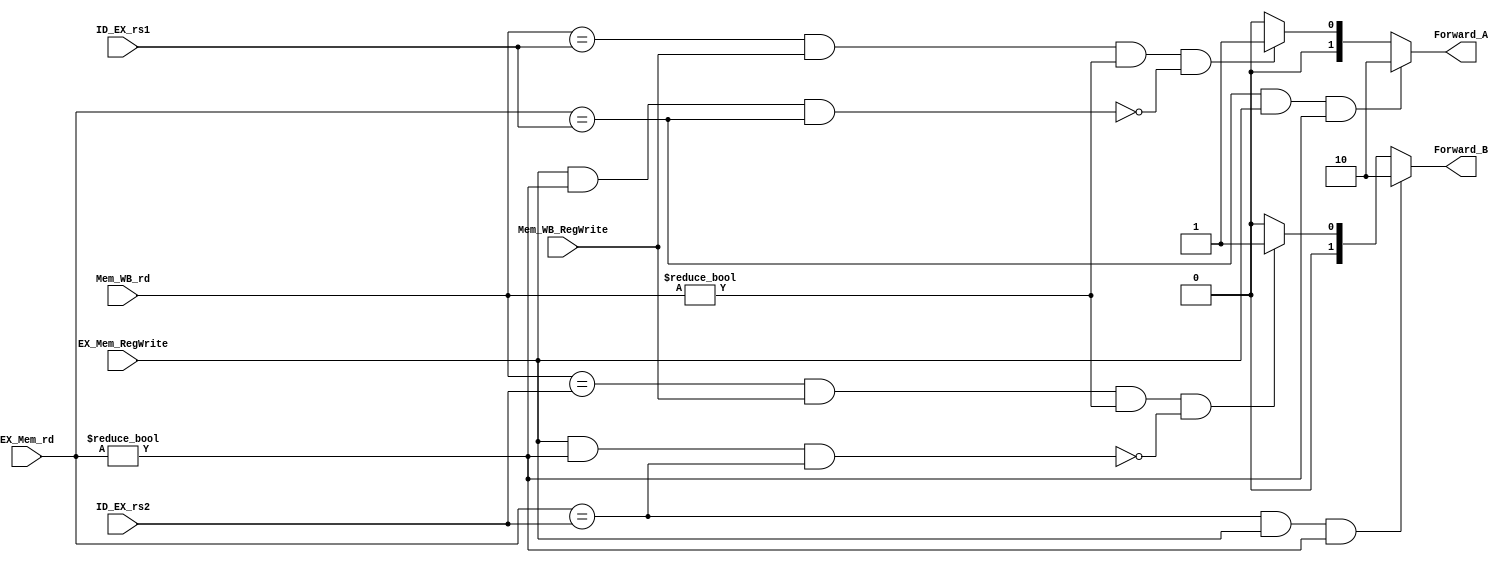
module Forwarding_Unit(
  input [4:0] ID_EX_rs1,
  input [4:0] ID_EX_rs2,
  input [4:0] EX_Mem_rd,
  input EX_Mem_RegWrite,
  input [4:0] Mem_WB_rd,
  input Mem_WB_RegWrite,
  
  output reg [1:0] Forward_A,
  output reg [1:0] Forward_B  
);
  
  always @(*)
    begin 
      
      //hazard for rs1/forward A  EX 
      if(EX_Mem_rd == ID_EX_rs1 & EX_Mem_RegWrite ==1 & EX_Mem_rd != 0 )
        begin 
          Forward_A = 2'b10;
        end 
      
      // Mem
      else if (Mem_WB_rd == ID_EX_rs1 & Mem_WB_RegWrite == 1 & Mem_WB_rd != 0 &
               !(EX_Mem_RegWrite == 1 & EX_Mem_rd != 0 && EX_Mem_rd == ID_EX_rs1)
              )
        
        begin 
          Forward_A = 2'b01;
        end
      
      else
        begin 
          Forward_A = 2'b00;
        end
        
      
      //hazard for rs2/forward A  EX 
      if(EX_Mem_rd == ID_EX_rs2 & EX_Mem_RegWrite ==1 & EX_Mem_rd != 0 )
        begin 
          Forward_B = 2'b10;
        end 
      
      // Mem
      else if (Mem_WB_rd == ID_EX_rs2 & Mem_WB_RegWrite == 1 & Mem_WB_rd != 0 &
               !(EX_Mem_RegWrite == 1 && EX_Mem_rd != 0 && EX_Mem_rd == ID_EX_rs2)
              )
        begin 
          Forward_B = 2'b01;
        end
      
      else
        begin 
          Forward_B = 2'b00;
        end
    end
  
endmodule